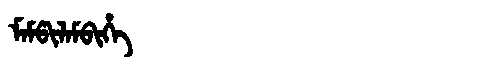
Manchu: ᠮᠠᠮᡦᡳᠯᠠᠮᠪᡳᡥᡝ
Romanization: MAMPILAMBIHE